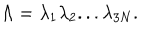
LaTeX: \Lambda = \lambda _ { 1 } \lambda _ { 2 } . . . \lambda _ { 3 N } .